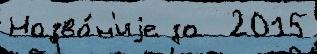
Назва́н'иjе за  2015